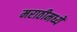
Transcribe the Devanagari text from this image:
मराठीमध्यें